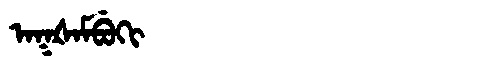
Manchu: ᠠᡴᡧᠠᠮᠪᡠᡴᡳ
Romanization: AKŠAMBUKI